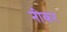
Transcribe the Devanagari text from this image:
नीकर